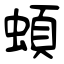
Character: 蝢